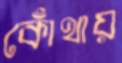
কোঁথায়